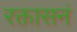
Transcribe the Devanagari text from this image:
रक्तासनं